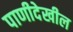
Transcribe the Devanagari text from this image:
पाणीदेखील